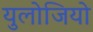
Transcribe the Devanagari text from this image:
युलोजियो